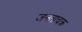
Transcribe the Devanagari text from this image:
जनताचक्र